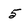
Character: 5